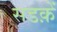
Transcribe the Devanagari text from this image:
सडक़ें